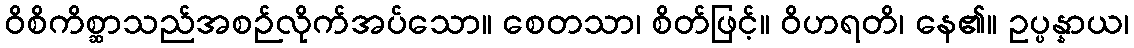
ဝိစိကိစ္ဆာသည်အစဉ်လိုက်အပ်သော။ စေတသာ၊ စိတ်ဖြင့်။ ဝိဟရတိ၊ နေ၏။ ဥပ္ပန္နာယ၊